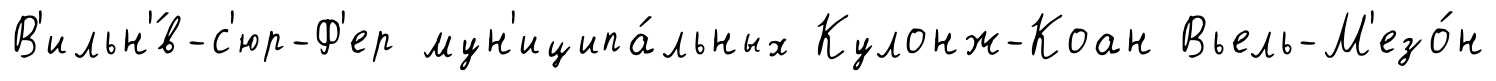
В'ильн'́в-с'юр-Ф'ер мун'иципа́льных Кулонж-Коан Вьель-М'езо́н